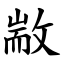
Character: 㪜